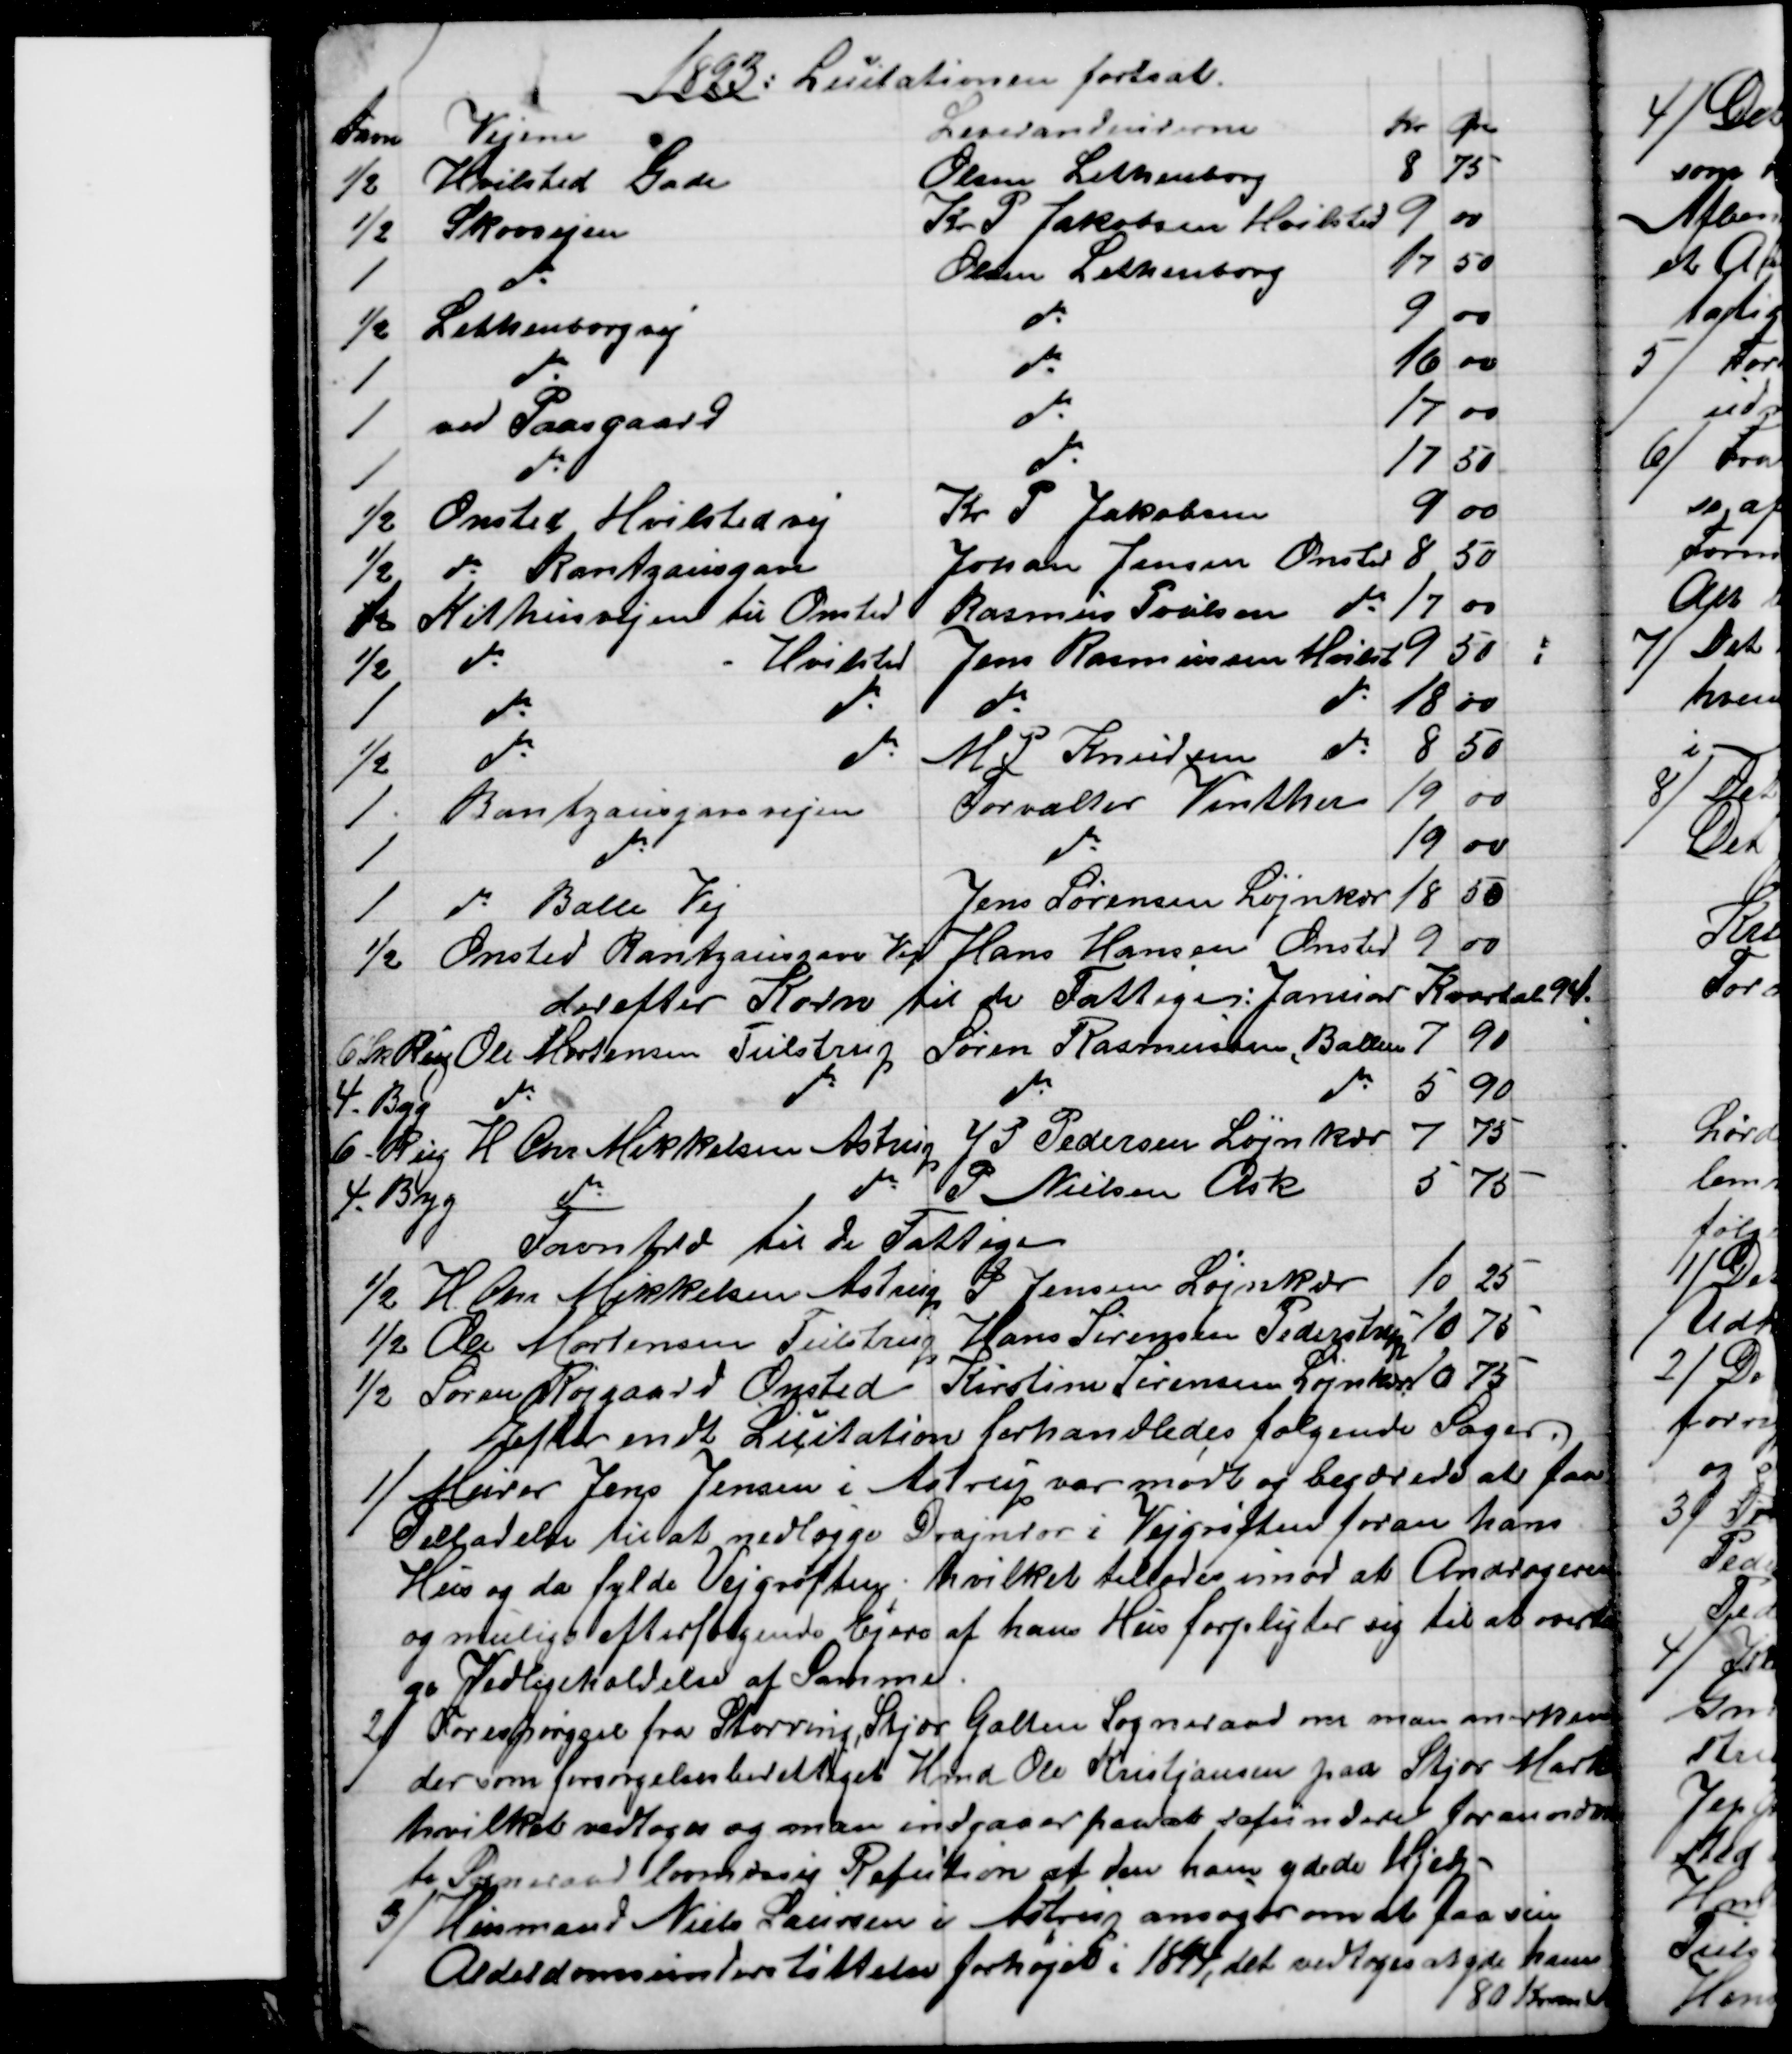
Transskription:
1893: Licitationen fortsat.
Favne
Vejene
Leverandeurerne
Kr
Øre
½ 
Hvilsted Gade
Olsen Lethenborg
8
75
½ 
Skovvejen
Kr P Jakobsen Hvilsted
9
00
1
do
Olsen Lethenborg
17
50
½
Lethenborgvej
do
9
00
1
do
do
16
00
1 
ved Paasgaard
do
17
00
1
do
do
17
50
½
Onsted Hvilstedvej
Kr. P. Jakobsen
9
00
½
do Rantzausgave
Johan Jensen Onsted
8
50
1
Kithusvejen til Onsted
Rasmus Poulsen do
17
00
½
do 
Hvilsted
Jens Rasmussen Hvilst
9
50
1
do 
do
do
do
18
00
½
do
do
M P Knudsen do
8
50
1
Rantzausgavevejen
Forvalter Vinther
19
00
1
do
do
19
00
1
do Balle Vej
Jens Sørensen Løjnkær
18
50
½
Onsted Rantzausgave Vej
Hans Hansen Onsted
9
00
derefter Korn til de Fattige: Januar Kvartal 94.
6 Skp Rug
Ole Mortensen Tulstrup 
Søren Rasmussen, Ballen
7
90
4 - Byg
do
do
do 
do
5
90
6 - Rug 
H. Chr. Mikkelsen Astrup
J P. Pedersen Løjnkær
7
75
4 - Byg
do 
do
P. Nielsen Ask
5
75
Favntræ til de Fattige
½
H. Chr Mikkelsen Astrup 
P. Jensen Løjnkær
10
25
½ 
Ole Mortensen Tulstrup 
Hans Sørensen Pederstrup
10
75
½  
Søren Røjgaard Onsted 
Kirstine Sørensen Løjnkær
10
75
Efter endt Licitation forhandledes følgende Sager.
1)
Murer Jens Jensen i Astrup var mødt og begærede at faa
Tilladelse til at nedlægge Drajnrør i Vejgrøften foran hans
Hus og da fylde Vejgrøften, hvilket tillodes imod at Andrageren
og mulige efterfølgende Ejere af hans Hus forpligter sig til at overta
ge Vedligeholdelse af Samme.
2) 
Forespørgsel fra Storring, Stjær Galten Sogneraad om man anerken
der som forsørgelsesberettiget Hmd Ole Kristjansen paa Stjær Mark
hvilket vedtoges og man indgaaer paa at refundere forannævn
te Sogneraad lovmæssig Refution af den ham ydede Hjelp.
3)
Husmand Niels Laursen i Astrup ansøger om at faa sin
Alderdomsunderstøttelse forhøjet i 1894, det vedtoges at yde han
80 Kroner